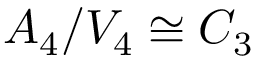
A _ { 4 } / V _ { 4 } \cong C _ { 3 }